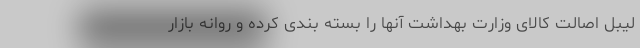
لیبل اصالت کالای وزارت بهداشت آنها را بسته بندی کرده و روانه بازار